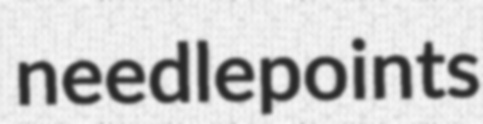
needlepoints